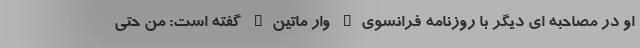
او در مصاحبه ای دیگر با روزنامه فرانسوی" وار ماتین" گفته است: من حتی